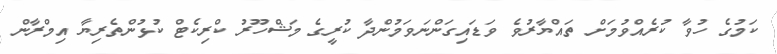
ކަމުގެ ހުވާ ކުރެއްވުމަށް ތައްޔާރުވެ ވަޑައިގަންނަވަމުންދާ ކުރީގެ މަޝްހޫރު ކްރިކެޓް ކުޅުންތެރިޔާ އިމްރާން